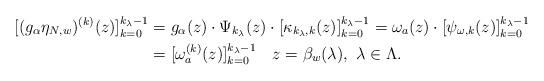
LaTeX: \begin{align*}[(g_\alpha\eta_{N,w})^{(k)}(z)]_{k=0}^{k_\lambda-1} &=g_\alpha(z)\cdot\Psi_{k_\lambda}(z)\cdot[\kappa_{k_\lambda,k}(z)]_{k=0}^{k_\lambda-1}= \omega_a(z)\cdot[\psi_{\omega,k}(z)]_{k=0}^{k_\lambda-1} \\ & = [\omega_a^{(k)}(z)]_{k=0}^{k_\lambda-1}\ \ \ z=\beta_w(\lambda), \ \lambda\in\Lambda. \end{align*}